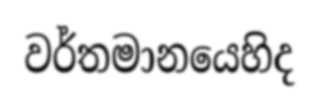
වර්තමානයෙහිද